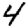
Digit: 4